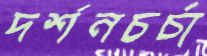
দর্শনচর্চা